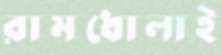
রামধোলাই